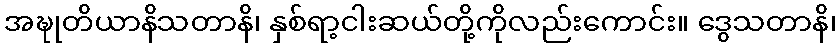
အဍ္ဎုတိယာနိသတာနိ၊ နှစ်ရာ့ငါးဆယ်တို့ကိုလည်းကောင်း။ ဒွေသတာနိ၊